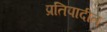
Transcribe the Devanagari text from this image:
प्रतिपादीत